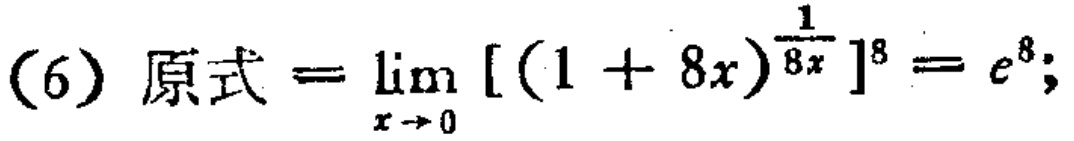
(6) 原式$=\lim_{x \to 0} [(1 + 8x)^{\frac{1}{8x}} ]^{8} = e^{8};$